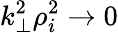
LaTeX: k_{\perp}^{2}\rho_{i}^{2}\rightarrow 0